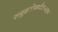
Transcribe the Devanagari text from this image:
समुद्रतोयपीतवाहन